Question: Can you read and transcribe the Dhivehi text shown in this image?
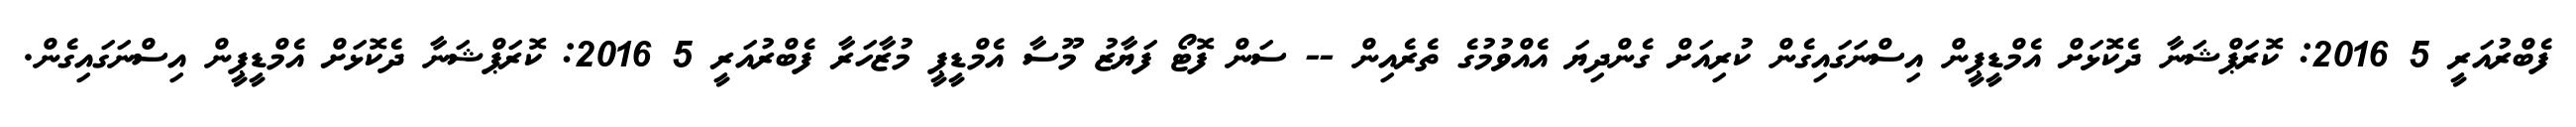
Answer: ފެބްރުއަރީ 5 2016: ކޮރަޕްޝަނާ ދެކޮޅަށް އެމްޑީޕީން އިސްނަގައިގެން ކުރިއަށް ގެންދިޔަ އެއްވުމުގެ ތެރެއިން -- ސަން ފޮޓޯ ފަޔާޒު މޫސާ އެމްޑީޕީ މުޒާހަރާ ފެބްރުއަރީ 5 2016: ކޮރަޕްޝަނާ ދެކޮޅަށް އެމްޑީޕީން އިސްނަގައިގެން.